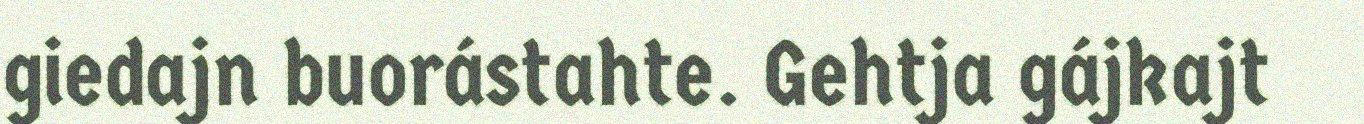
giedajn buorástahte. Gehtja gájkajt